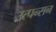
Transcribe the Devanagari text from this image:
उत्पन्सन